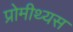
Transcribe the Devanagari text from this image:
प्रोमीथ्यस